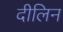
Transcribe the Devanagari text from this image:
दीलिन